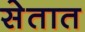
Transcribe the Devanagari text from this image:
सेतात